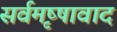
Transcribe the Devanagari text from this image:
सर्वमृष्षावाद